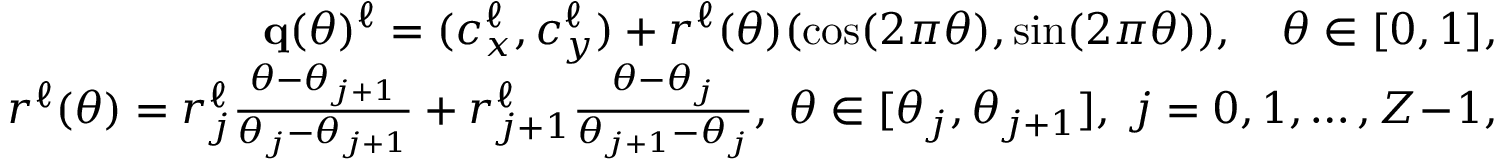
\begin{array} { r } { \mathbf q ( \theta ) ^ { \ell } = ( c _ { x } ^ { \ell } , c _ { y } ^ { \ell } ) + r ^ { \ell } ( \theta ) ( \cos ( 2 \pi \theta ) , \sin ( 2 \pi \theta ) ) , \quad \theta \in [ 0 , 1 ] , } \\ { r ^ { \ell } ( \theta ) = r _ { j } ^ { \ell } { \frac { \theta - \theta _ { j + 1 } } { \theta _ { j } - \theta _ { j + 1 } } } + r _ { j + 1 } ^ { \ell } { \frac { \theta - \theta _ { j } } { \theta _ { j + 1 } - \theta _ { j } } } , \; \theta \in [ \theta _ { j } , \theta _ { j + 1 } ] , \; j = 0 , 1 , \ldots , Z \! - \! 1 , } \end{array}